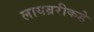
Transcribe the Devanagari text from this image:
लायब्ररीकडे